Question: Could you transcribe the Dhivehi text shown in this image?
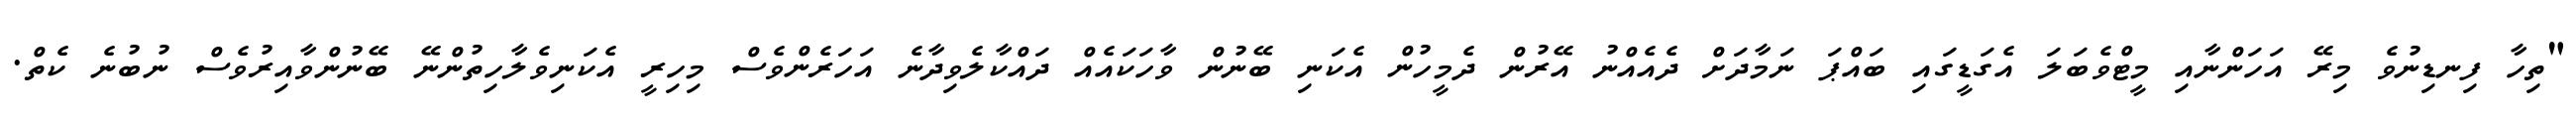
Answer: "ތިހާ ފިނޑިނުވެ މިރޭ އަހަންނާއި މީޓްވެބަލަ އެގަޑީގައި ބައްޕަ ނަމާދަށް ދެއެއްނު އޭރުން ދެމީހުން އެކަނި ބޭނުން ވާހަކައެއް ދައްކާލެވިދާނެ އަހަރެންވެސް މިހިރީ އެކަނިވެލާހިތުންނޭ ބޭނުންވާއިރުވެސް ނުބުނެ ކެތް.